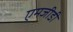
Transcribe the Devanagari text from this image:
एमजीडी